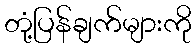
တုံ့ပြန်ချက်များကို